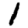
Digit: 1